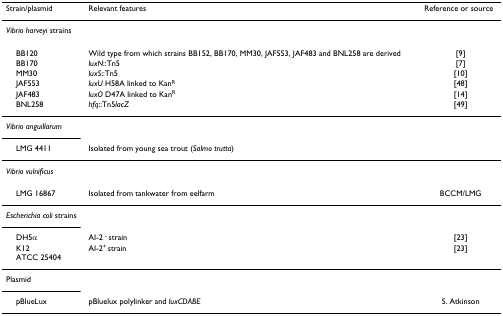
<table><thead><tr><td><b>Strain/plasmid</b></td><td><b>Relevant features</b></td><td><b>Reference or source</b></td></tr></thead><tbody><tr><td><i>Vibrio harveyi </i>strains</td><td>[EMPTY_CELL]</td><td>[EMPTY_CELL]</td></tr><tr><td> BB120</td><td>Wild type from which strains BB152, BB170, MM30, JAF553, JAF483 and BNL258 are derived</td><td>[9]</td></tr><tr><td> BB170</td><td><i>luxN</i>::Tn5</td><td>[7]</td></tr><tr><td> MM30</td><td><i>luxS</i>::Tn5</td><td>[10]</td></tr><tr><td> JAF553</td><td><i>luxU </i>H58A linked to Kan<sup>R</sup></td><td>[48]</td></tr><tr><td> JAF483</td><td><i>luxO </i>D47A linked to Kan<sup>R</sup></td><td>[14]</td></tr><tr><td> BNL258</td><td><i>hfq</i>::Tn5<i>lacZ</i></td><td>[49]</td></tr><tr><td><i>Vibrio anguillarum</i></td><td>[EMPTY_CELL]</td><td>[EMPTY_CELL]</td></tr><tr><td> LMG 4411</td><td>Isolated from young sea trout (<i>Salmo trutta</i>)</td><td>[EMPTY_CELL]</td></tr><tr><td><i>Vibrio vulnificus</i></td><td>[EMPTY_CELL]</td><td>[EMPTY_CELL]</td></tr><tr><td> LMG 16867</td><td>Isolated from tankwater from eelfarm</td><td>BCCM/LMG</td></tr><tr><td><i>Escherichia coli </i>strains</td><td>[EMPTY_CELL]</td><td>[EMPTY_CELL]</td></tr><tr><td> DH5α</td><td>AI-2 <sup>- </sup>strain</td><td>[23]</td></tr><tr><td> K12ATCC 25404</td><td>AI-2<sup>+ </sup>strain</td><td>[23]</td></tr><tr><td>Plasmid</td><td>[EMPTY_CELL]</td><td>[EMPTY_CELL]</td></tr><tr><td> pBlueLux</td><td>pBluelux polylinker and <i>luxCDABE</i></td><td>S. Atkinson</td></tr></tbody></table>